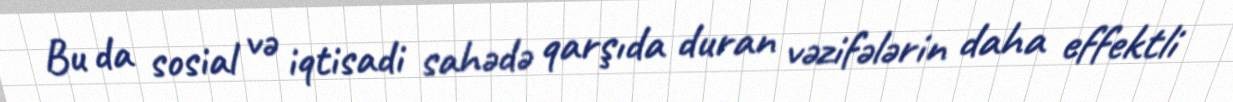
Bu da sosial və iqtisadi sahədə qarşıda duran vəzifələrin daha effektli